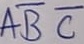
Text: ABC